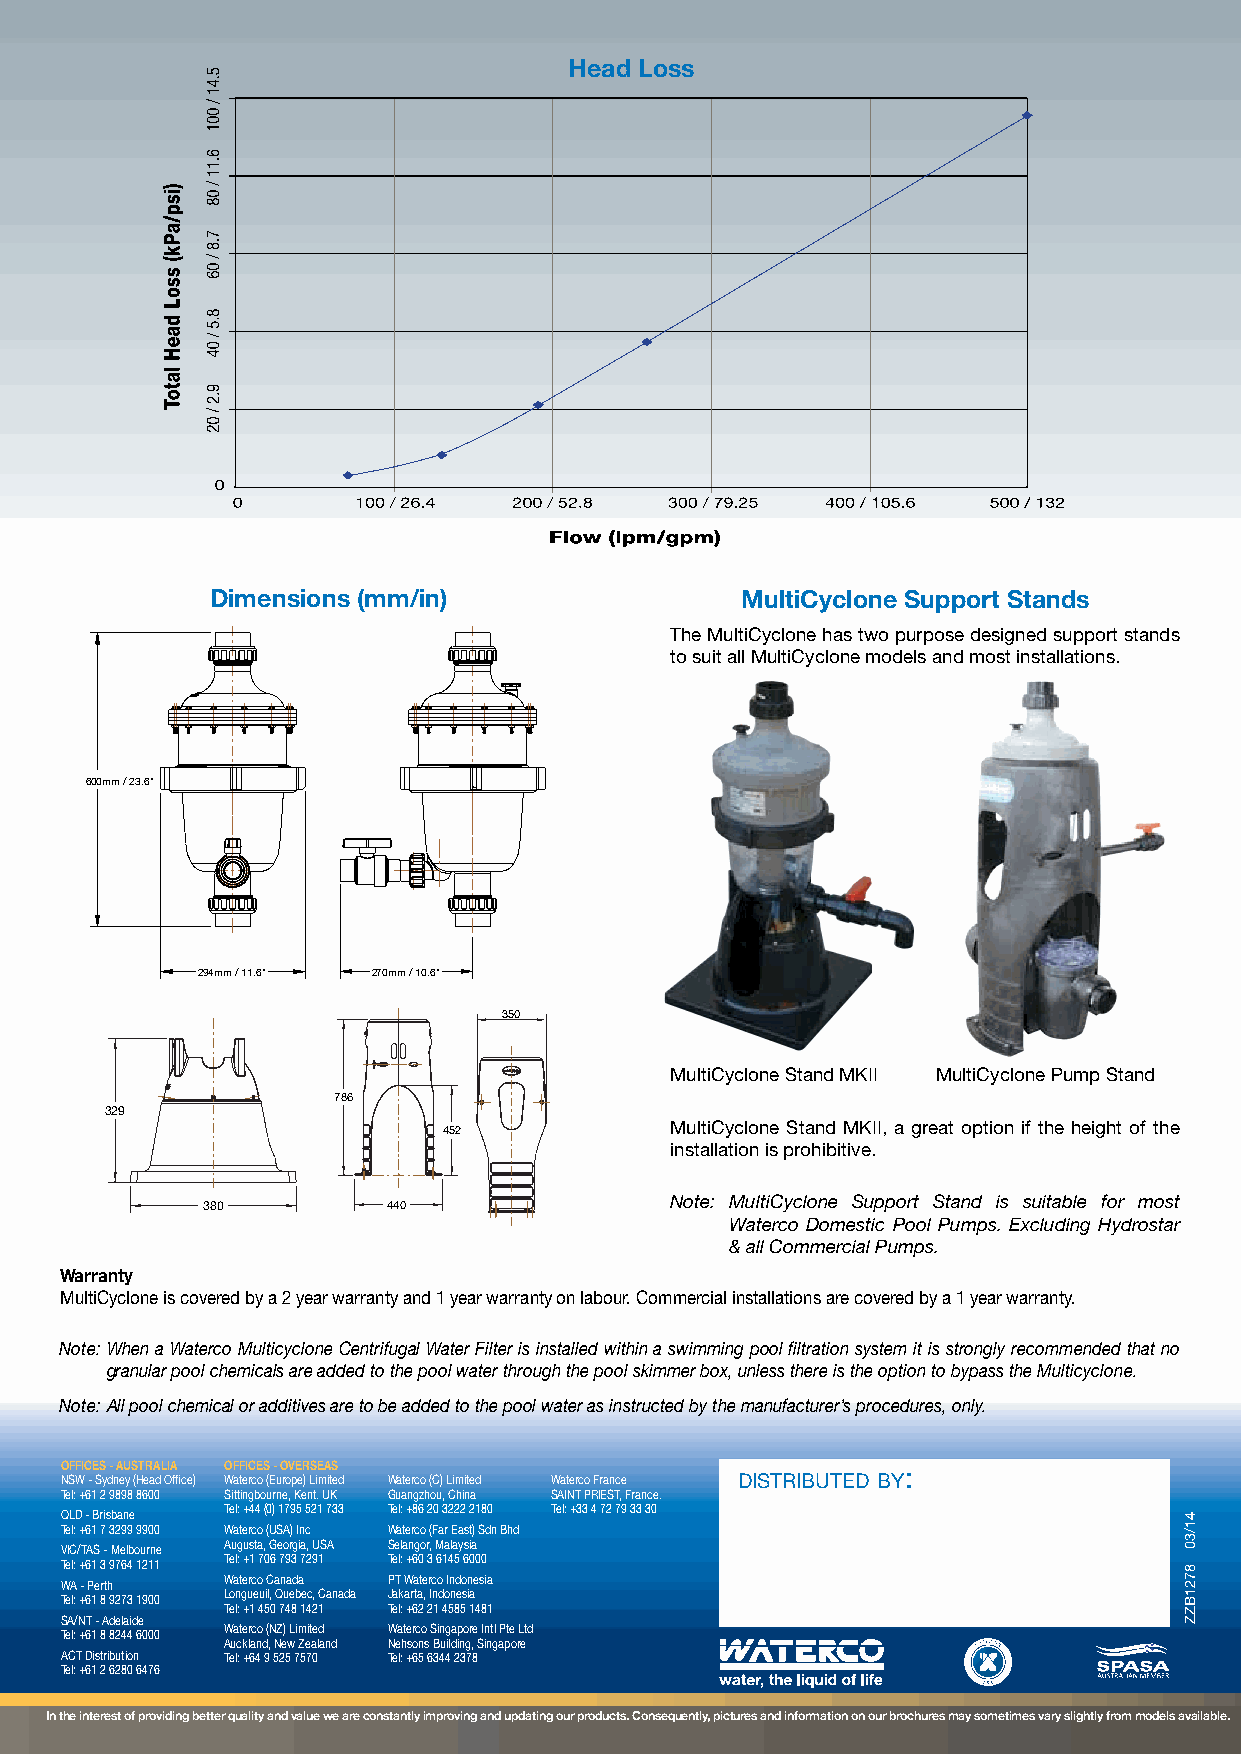
Head Loss
 Dimensions (mm/in)                 MultiCyclone Support Stands
 The MultiCyclone has two purpose designed support stands
 to suit all MultiCyclone models and most installations.
 600mm / 23.6"
 294mm / 11.6" 270mm / 10.6"
 350
 MultiCyclone Stand MKII MultiCyclone Pump Stand
 786
 329
 MultiCyclone Stand MKII, a great option if the height of the
 452
 installation is prohibitive.
 380          440               Note: MultiCyclone Support Stand is suitable for most
 Waterco Domestic Pool Pumps. Excluding Hydrostar
 & all Commercial Pumps.
 Warranty
 MultiCyclone is covered by a 2 year warranty and 1 year warranty on labour. Commercial installations are covered by a 1 year warranty.
 Note: When a Waterco Multicyclone Centrifugal Water Filter is installed within a swimming pool filtration system it is strongly recommended that no
 granular pool chemicals are added to the pool water through the pool skimmer box, unless there is the option to bypass the Multicyclone.
 Note: All pool chemical or additives are to be added to the pool water as instructed by the manufacturer’s procedures, only.
 OFFICES - AUSTRALIA OFFICES - OVERSEAS                  :
 NSW - Sydney (Head Office) Waterco (Europe) Limited Waterco (C) Limited Waterco France distributed by
 Tel: +61 2 9898 8600 Sittingbourne, Kent. UK Guangzhou, China SAINT PRIEST, France.
 QLD - Brisbane Tel: +44 (0) 1795 521 733 Tel: +86 20 3222 2180 Tel: +33 4 72 79 33 30
 Tel: +61 7 3299 9900 Waterco (USA) Inc Waterco (Far East) Sdn Bhd
 VIC/TAS - Melbourne Augusta, Georgia, USA Selangor, Malaysia
 Tel: +61 3 9764 1211 Tel: +1 706 793 7291 Tel: +60 3 6145 6000
 WA - Perth Waterco Canada PT Waterco Indonesia
 Tel: +61 8 9273 1900 Longueuil, Quebec, Canada Jakarta, Indonesia
 Tel: +1 450 748 1421 Tel: +62 21 4585 1481
 SA/NT - Adelaide
 Tel: +61 8 8244 6000 Waterco (NZ) Limited Waterco Singapore Intl Pte Ltd
 Auckland, New Zealand Nehsons Building, Singapore
 ACT Distribution Tel: +64 9 525 7570 Tel: +65 6344 2378
 Tel: +61 2 6280 6476
 In the interest of providing better quality and value we are constantly improving and updating our products. Consequently, pictures and information on our brochures may sometimes vary slightly from models available.
 41/30
 8721BZZ